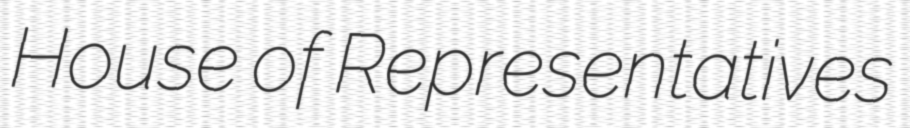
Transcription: House of Representatives